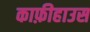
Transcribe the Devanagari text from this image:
काफ़ीहाउस